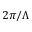
2 \pi / \Lambda